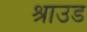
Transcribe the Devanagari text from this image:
श्राउड